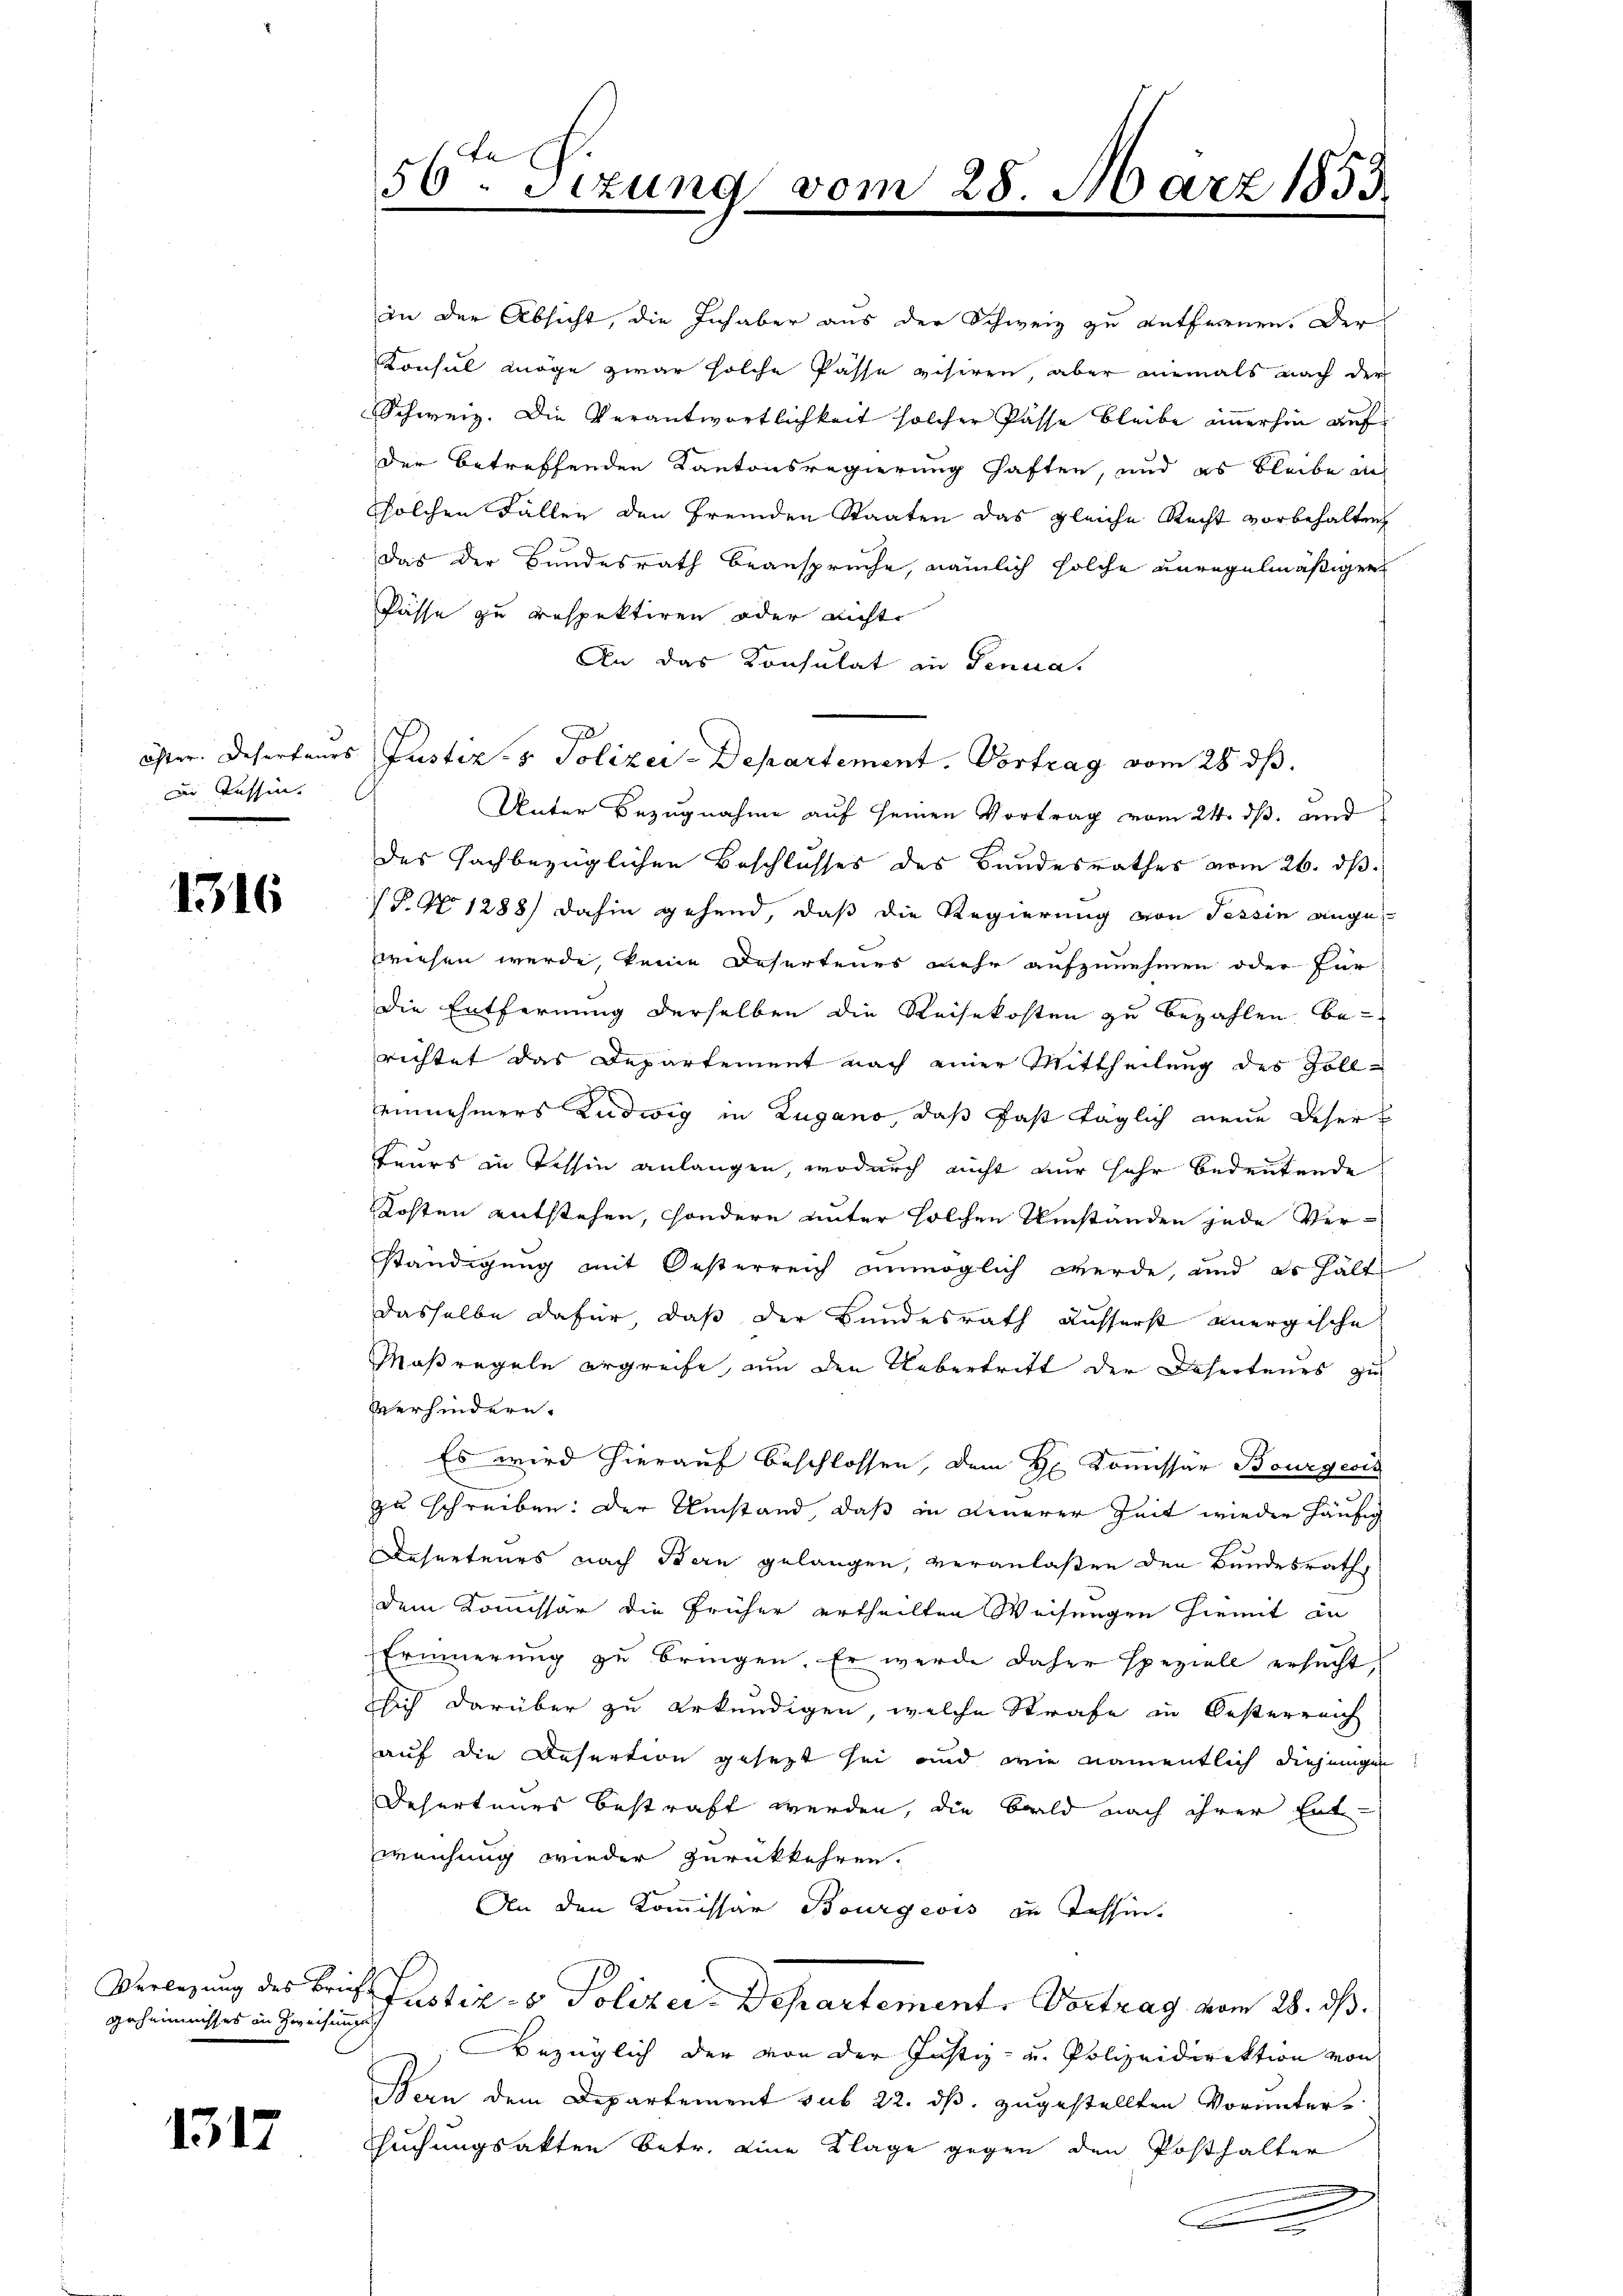
Di Tessin.

1316

geheimnisses in Zweifungsg

1317

e
56. Sizung vom 28. März 1853.
.
2

in der Absicht, die Inhaber aus der Schweiz zu entfernen. Der
Konsul möge zwar solche Pässe visiren, aber niemals nach der
Schweiz. Die Verantwortlichkeit solcher Pässe bleibe immerhin auf
der betreffenden Kantonsregierung haften, und es bleibe in
solchen Fällen den fremden Staaten das gleiche Recht vorbehalten
Das der Bundesrath beansprüche, nämlich solche unregelmäßiger
Pässe zu respektiren oder nichte
An das Konsulat in Genua,
Unter Bezugnahme auf seinen Vortrag vom 24. ds. und
des sachbezüglichen Beschlusses des Bundesrathes vom 26. ds.
§. No 1288) dahin gehend, daß die Regierung von Tessin angewiesen werde, keine Desertenes mehr aufzunehmen oder für
Die Entfernung derselben die Reisekosten zu bezahlen be-
richtet das Departement nach einer Mittheilung des Zoll-
einnehmers Ludwig in Zugano, daß fast täglich neue Deser
Feurs in Tessin anlangen, wodurch nicht nur sehr bedeutende
Kosten entstehen, sondern unter solchen Umständen jede Ver-
ständigung mit Oesterreich unmöglich werde, und es hält
dasselbe dafür, daß der Bundesrath äusserst anergische
Maßregeln ergreife, um den Uebertritt der Deserteurs zu
Verhindern.
Es wird hierauf beschlossen, dem H. Kommissär Bourgeois
zu schreiben: Der Umstand, daß in neuerer Zeit wieder häufig
Deserteurs nach Bern gelangen, veranlaßen den Bundesrath,
dem Kommissär die früher ertheilten Weisungen hiemit an
Erinnerŭng zŭ bringen. Er werde daher speziell ersucht,
sich darüber zu erkundigen, welche Strafe in Oesterreich
auf die Desertion gesezt sei und wie namentlich diejenigen
Deserteurs bestraft werden, die Bald nach ihrer Ent-
weichung wieder zurückkehren.
An den Kommissär Bourgeois in Tessin.
Verlegung des Brief Justiz- & Polizei- Departement, Vortrag vom 28. ds.
Bezüglich der von der Justiz- u. Polizeidirektion von
Ban dem Departement sub 22. ds. zugestellten Vorunters
suchungsakten betr. eine Klage gegen den Posthalter
A

J
öster. Deserteurs Justiz- & Polizei-Departement. Vortrag vom 28. ds.